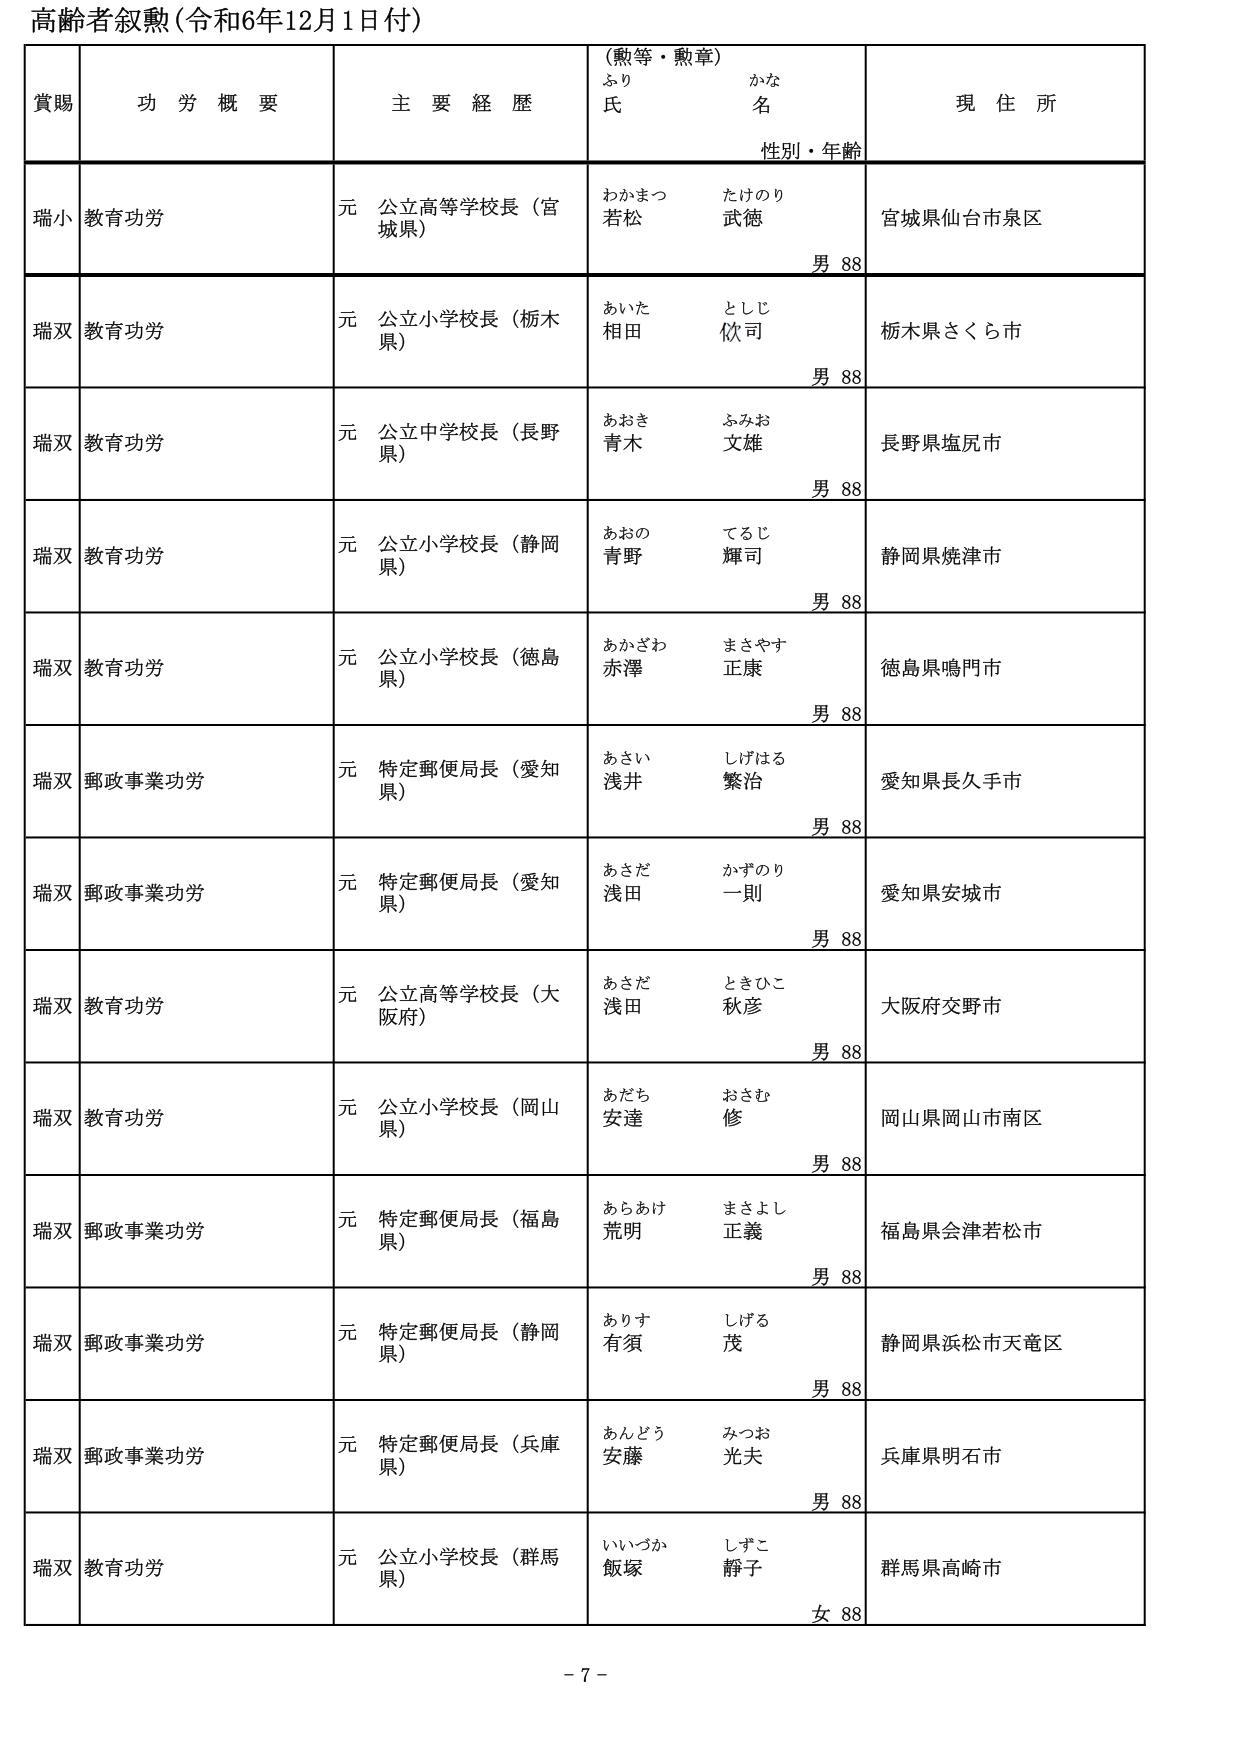
高齢者叙勲（令和6年12月1日付）

賞賜　　功労概要　　主要経歴　　（勲等・勲章）　　現住所
　　　　　　　　　　　　　　ふりがな　　氏名　　性別・年齢

瑞小　教育功労　　元 公立高等学校長（宮城県）　　わかまつ　たけのり　若松 武徳　　男 88　　宮城県仙台市泉区

瑞双　教育功労　　元 公立小学校長（栃木県）　　あいた　としじ　相田 欽司　　男 88　　栃木県さくら市

瑞双　教育功労　　元 公立中学校長（長野県）　　あおき　ふみお　青木 文雄　　男 88　　長野県塩尻市

瑞双　教育功労　　元 公立小学校長（静岡県）　　あおの　てるじ　青野 輝司　　男 88　　静岡県焼津市

瑞双　教育功労　　元 公立小学校長（徳島県）　　あかざわ　まさやす　赤澤 正康　　男 88　　徳島県鳴門市

瑞双　郵政事業功労　　元 特定郵便局長（愛知県）　　あさい　しげはる　浅井 繁治　　男 88　　愛知県長久手市

瑞双　郵政事業功労　　元 特定郵便局長（愛知県）　　あさだ　かずのり　浅田 一則　　男 88　　愛知県安城市

瑞双　教育功労　　元 公立高等学校長（大阪府）　　あさだ　ときひこ　浅田 秋彦　　男 88　　大阪府交野市

瑞双　教育功労　　元 公立小学校長（岡山県）　　あだち　おさむ　安達 修　　男 88　　岡山県岡山市南区

瑞双　郵政事業功労　　元 特定郵便局長（福島県）　　あらあけ　まさよし　荒明 正義　　男 88　　福島県会津若松市

瑞双　郵政事業功労　　元 特定郵便局長（静岡県）　　ありす　しげる　有須 茂　　男 88　　静岡県浜松市天竜区

瑞双　郵政事業功労　　元 特定郵便局長（兵庫県）　　あんどう　みつお　安藤 光夫　　男 88　　兵庫県明石市

瑞双　教育功労　　元 公立小学校長（群馬県）　　いいづか　しずこ　飯塚 靜子　　女 88　　群馬県高崎市

- 7 -